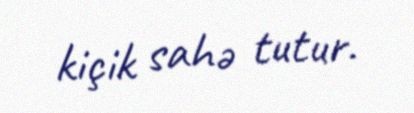
kiçik sahə tutur.